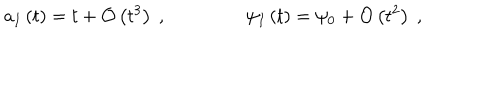
a _ { I } \left( t \right) = t + \mathcal { O } \left( t ^ { 3 } \right) \ , \ \psi _ { I } \left( t \right) = \psi _ { 0 } + \mathcal { O } \left( t ^ { 2 } \right) \ ,